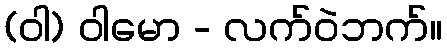
(ဝါ) ဝါမော - လက်ဝဲဘက်။